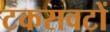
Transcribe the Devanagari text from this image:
टकरावटों